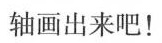
轴画出来吧！